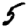
Digit: 5